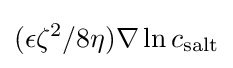
(\epsilon \zeta ^{2}/8\eta )\nabla \ln c_{\text{salt}}